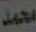
محمد